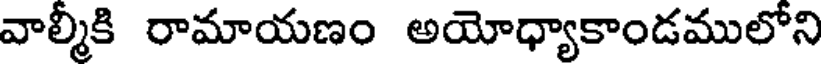
వాల్మీకి రామాయణం అయోధ్యాకాండములోని